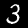
Digit: 3